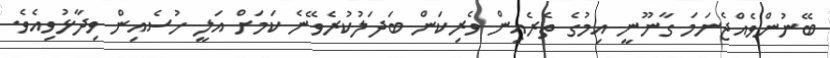
ބޭނުންވެއްޖެނަމަ ގާނޫނީ އިމުގެ ތެރެއިން ވެރިކަން ބަދަލުކުރެވޭނެ ކަމަށް އަލީ ހުސެއިން ވިދާޅުވިއެވެ.